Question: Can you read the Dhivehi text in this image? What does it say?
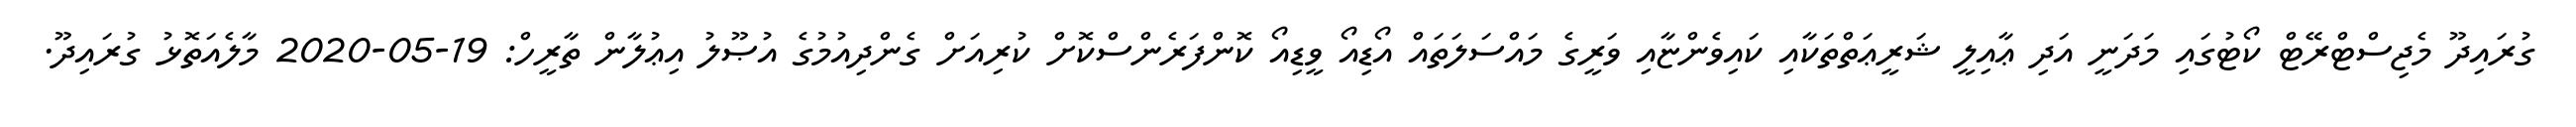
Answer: ގުރައިދޫ މެޖިސްޓްރޭޓް ކޯޓުގައި މަދަނީ އަދި ޢާއިލީ ޝަރީޢަތްތަކާއި ކައިވެންޏާއި ވަރީގެ މައްސަލަތައް އޯޑިއޯ ވީޑިއޯ ކޮންފަރެންސްކޮށް ކުރިއަށް ގެންދިއުމުގެ އުޞޫލު އިޢުލާން ތާރީހް: 19-05-2020 މާލެއަތޮޅު ގުރައިދޫ.